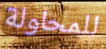
للمحاولة